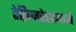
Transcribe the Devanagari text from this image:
रेफ्रिजरेटरमध्ये